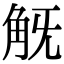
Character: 𧢾